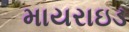
માયરાઇડ